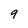
Character: 9